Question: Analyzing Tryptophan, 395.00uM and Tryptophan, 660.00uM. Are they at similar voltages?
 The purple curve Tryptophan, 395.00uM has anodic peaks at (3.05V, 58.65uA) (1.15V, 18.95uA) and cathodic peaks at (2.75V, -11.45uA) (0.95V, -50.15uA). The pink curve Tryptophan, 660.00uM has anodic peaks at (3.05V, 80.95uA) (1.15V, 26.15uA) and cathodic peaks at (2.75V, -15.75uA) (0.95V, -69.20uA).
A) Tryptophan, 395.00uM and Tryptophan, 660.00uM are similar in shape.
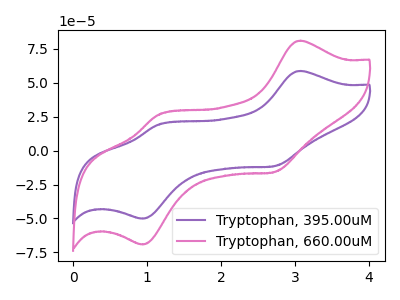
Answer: <think>All the peaks in "Tryptophan, 395.00uM" have a peak in "Tryptophan, 660.00uM" at the same potential. Every peak in "Tryptophan, 395.00uM" is lower than every peak in "Tryptophan, 660.00uM".
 </think>
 <answer>A) "Tryptophan, 395.00uM" and "Tryptophan, 660.00uM" are similar in shape.</answer>
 <eval>A</eval>